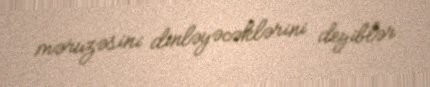
məruzəsini dinləyəcəklərini deyiblər.